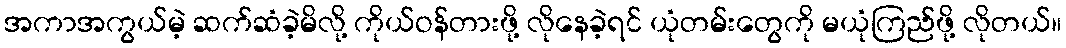
အကာအကွယ်မဲ့ ဆက်ဆံခဲ့မိလို့ ကိုယ်ဝန်တားဖို့ လိုနေခဲ့ရင် ယုံတမ်းတွေကို မယုံကြည်ဖို့ လိုတယ်။